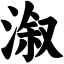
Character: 溆